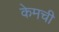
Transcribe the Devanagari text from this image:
केमची